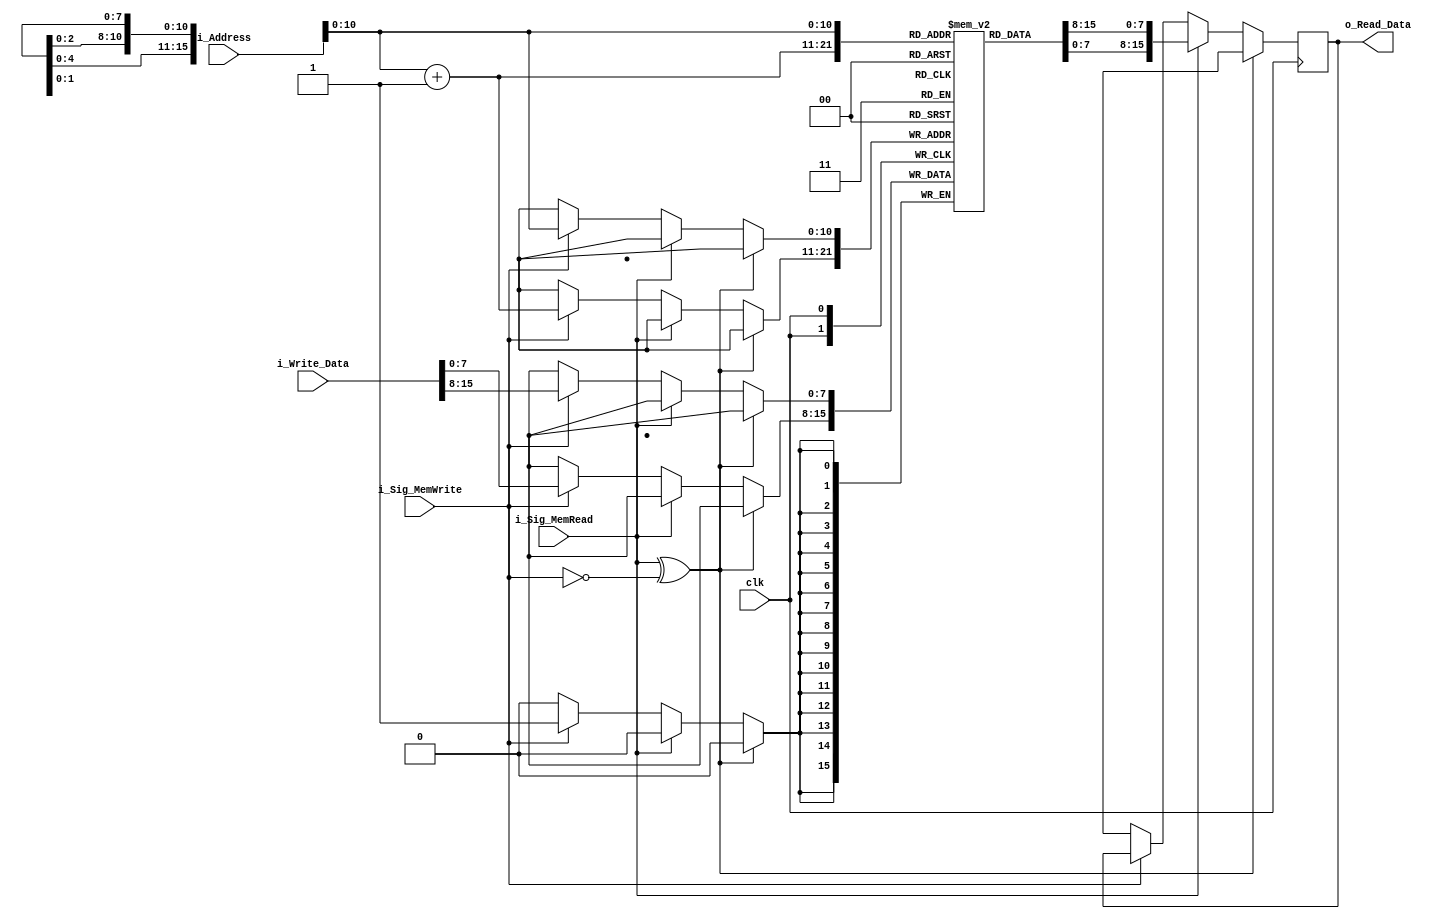
module data_memory(
    clk,
    i_Sig_MemRead,
    i_Sig_MemWrite,
    i_Address,
    i_Write_Data,
    o_Read_Data
    );
    
    input clk;
    input i_Sig_MemRead;
    input i_Sig_MemWrite;
    input [15:0] i_Address;
    input [15:0] i_Write_Data;
    output [15:0] o_Read_Data;
    
    reg [7:0] memory [1024:0];
    reg [15:0] r_Read_Data;
    
    integer i;

    initial begin 
        for( i = 0; i < 1024; i = i + 2)
            memory[i] = 0;

        for( i = 1; i < 1024; i = i + 2)
            memory[i] = 1;
    end
    
    always@(posedge clk) begin 
        if( i_Sig_MemRead ^ i_Sig_MemWrite == 0)
            r_Read_Data = 16'bx;
        
        else if( i_Sig_MemRead == 1)
            r_Read_Data = {memory [i_Address], memory[i_Address + 1]}; 
        
        else if(i_Sig_MemWrite == 1) begin 
            memory[i_Address] = i_Write_Data[15:8];
            memory[i_Address+1] = i_Write_Data[7:0];    
        end
        
        else
            r_Read_Data = 16'bx;
    
    end
    
    assign o_Read_Data = r_Read_Data;

endmodule